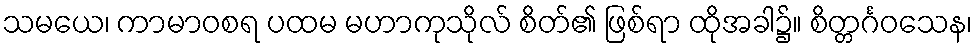
သမယေ၊ ကာမာဝစရ ပထမ မဟာကုသိုလ် စိတ်၏ ဖြစ်ရာ ထိုအခါ၌။ စိတ္တင်္ဂဝသေန၊